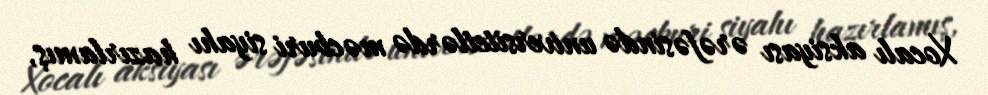
Xocalı aksiyası ərəfəsində universitetlərdə məcburi siyahı hazırlamış,